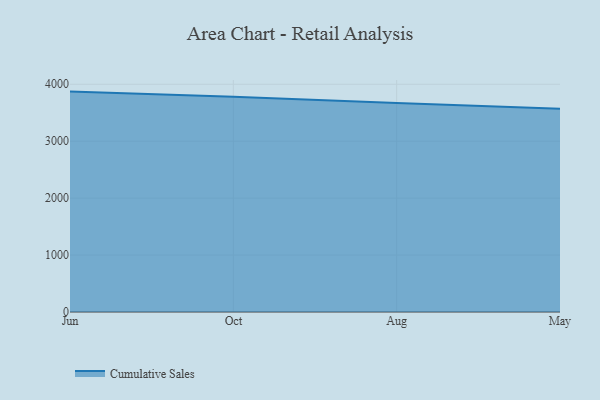
{"axis": {"x": "Month", "y": "Revenue (USD Million)"}, "legend": ["Cumulative Sales"], "data": [{"x": "Jun", "y": 3871.1, "type": "Cumulative Sales"}, {"x": "Oct", "y": 3780.4, "type": "Cumulative Sales"}, {"x": "Aug", "y": 3671.0, "type": "Cumulative Sales"}, {"x": "May", "y": 3569.0, "type": "Cumulative Sales"}]}